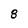
Character: 8